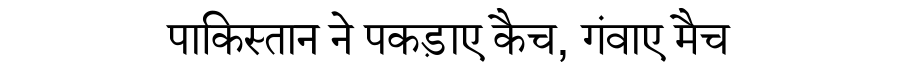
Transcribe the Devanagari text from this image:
पाकिस्तान ने पकड़ाए कैच, गंवाए मैच